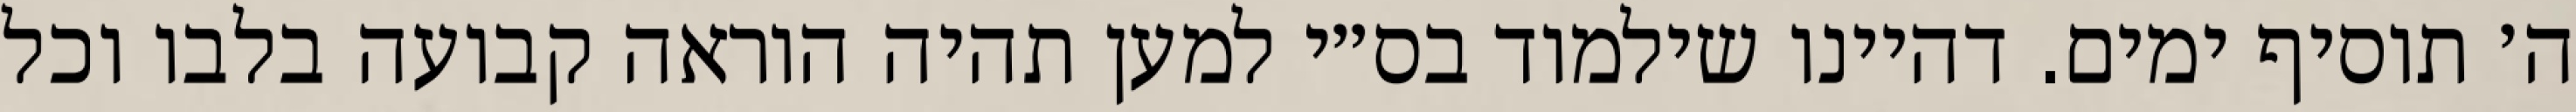
ה׳ תוסיף ימים. דהיינו שילמוד בס״י למען תהיה הוראה קבועה בלבו וכל